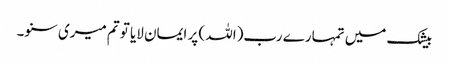
بیشک میں تمہارے رب(اللہ ) پر ایمان لایا تو تم میری سنو۔